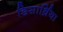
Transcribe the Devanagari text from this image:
डिसार्थ्रिया